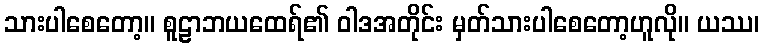
သားပါစေတော့။ စူဠာဘယထေရ်၏ ဝါဒအတိုင်း မှတ်သားပါစေတော့ဟူလို။ ယဿ၊